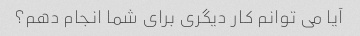
آیا می توانم کار دیگری برای شما انجام دهم؟